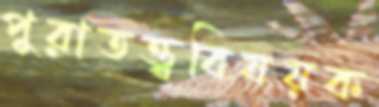
পুরাতত্ত্ববিষয়ক